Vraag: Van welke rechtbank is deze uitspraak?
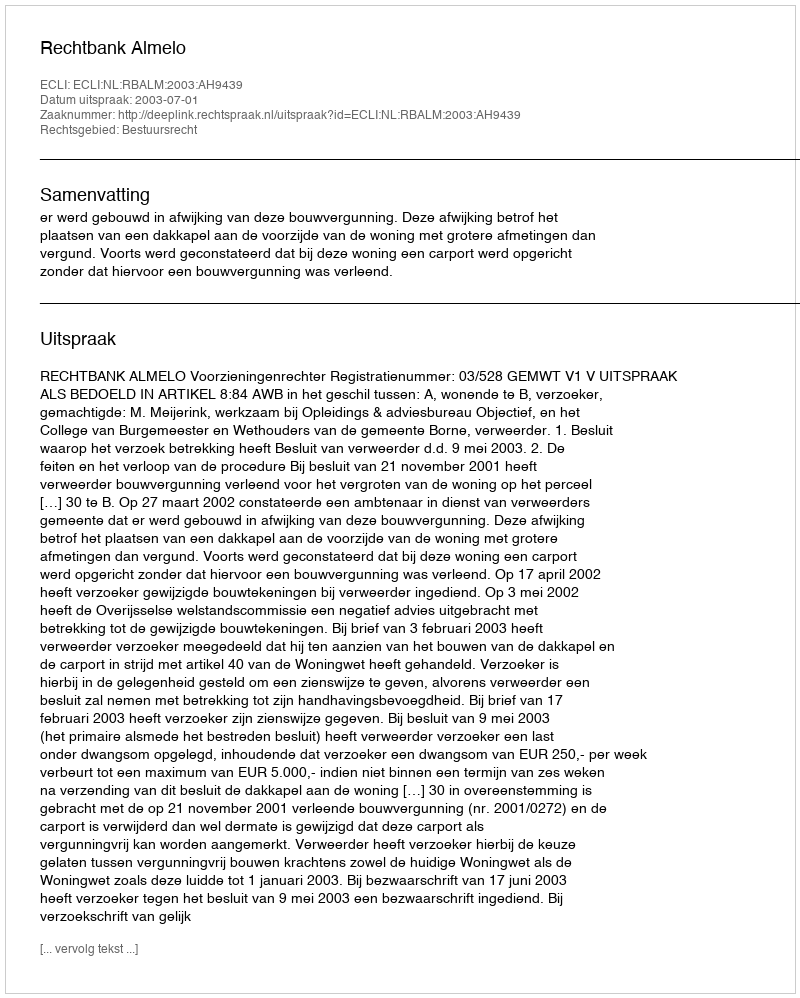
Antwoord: Rechtbank Almelo